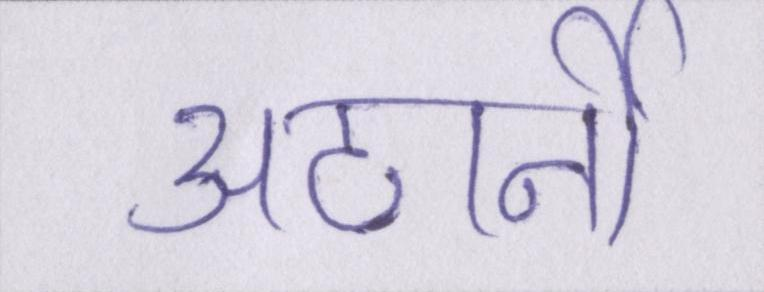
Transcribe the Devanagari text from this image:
अटार्नी